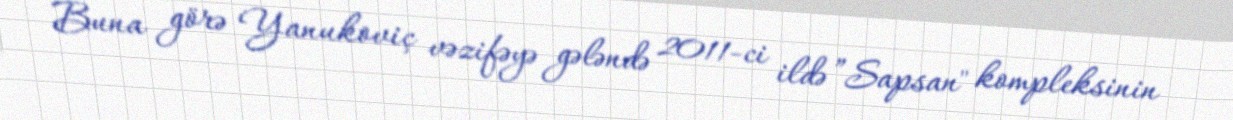
Buna görə Yanukoviç vəzifəyə gələndə 2011-ci ildə ”Sapsan" kompleksinin